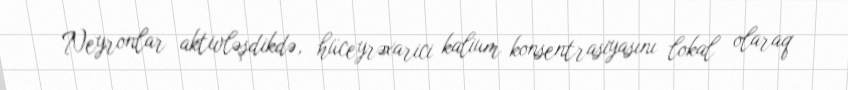
Neyronlar aktivləşdikdə, hüceyrəxarici kalium konsentrasiyasını lokal olaraq